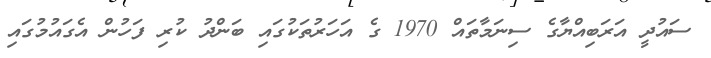
ސައުދީ އަރަބިއްޔާގެ ސިނަމާތައް 1970 ގެ އަހަރުތަކުގައި ބަންދު ކުރި ފަހުން އެގައުމުގައި